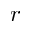
r